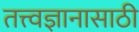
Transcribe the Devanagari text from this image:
तत्त्वज्ञानासाठी